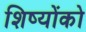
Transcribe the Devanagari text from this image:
शिष्योंको